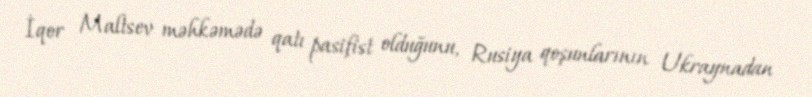
İqor Maltsev məhkəmədə qatı pasifist olduğunu, Rusiya qoşunlarının Ukraynadan